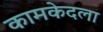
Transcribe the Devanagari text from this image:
कामकेदला